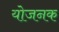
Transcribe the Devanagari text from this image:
योजनक